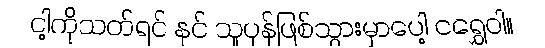
ငါ့ကိုသတ်ရင် နင် သူပုန်ဖြစ်သွားမှာပေါ့ ငရွှေဝါ။